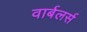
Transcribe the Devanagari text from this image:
वार्बलर्स